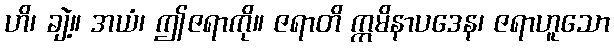
ဟိ၊ ချဲ့။ အယံ၊ ဤဇရာကို။ ဇရာတိ ဣမိနာပဒေန၊ ဇရာဟူသော